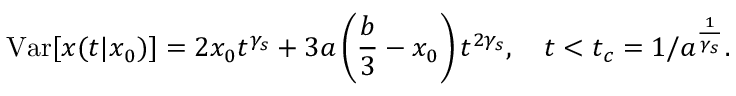
\mathrm { V a r } [ x ( t | x _ { 0 } ) ] = 2 x _ { 0 } t ^ { \gamma _ { s } } + 3 a \left( \frac { b } { 3 } - x _ { 0 } \right) t ^ { 2 \gamma _ { s } } , \quad t < t _ { c } = 1 / a ^ { \frac { 1 } { \gamma _ { s } } } .